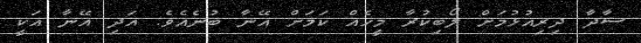
ސާދާ ދިރިއުޅުމަށް ލޯބިކުރާ މީހެއް ކަމަށް އޭނާ ބުނެއެވެ. އަދި އޭނާ އަކީ